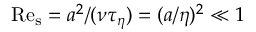
\mathrm { R e } _ { \mathrm { s } } = a ^ { 2 } / ( \nu \tau _ { \eta } ) = ( a / \eta ) ^ { 2 } \ll 1